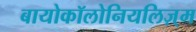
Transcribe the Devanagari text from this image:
बायोकॉलोनियलिज़्म